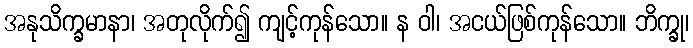
အနုသိက္ခမာနာ၊ အတုလိုက်၍ ကျင့်ကုန်သော။ န ဝါ၊ အငယ်ဖြစ်ကုန်သော။ ဘိက္ခု၊